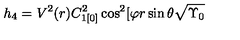
h _ { 4 } = V ^ { 2 } ( r ) C _ { 1 [ 0 ] } ^ { 2 } \cos ^ { 2 } [ \varphi r \sin \theta \sqrt { \Upsilon _ { 0 } }